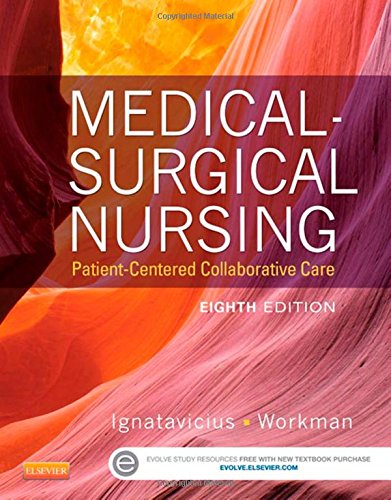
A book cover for Medical-Surgical Nursing: Patient-Centered Collaborative Care, Single Volume, 8e; Donna D. Ignatavicius MS  RN  ANEF; Medical Books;